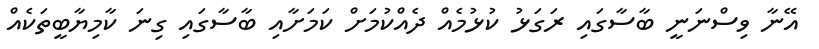
އޭނާ ވިސްނަނީ ބާސާގައި ރަގަޅު ކުޅުމެއް ދެއްކުމަށް ކަމަށާއި ބާސާގައި ގިނަ ކާމިޔާބީތަކެއް